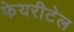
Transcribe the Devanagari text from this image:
फेयरीटेल